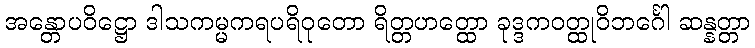
အန္တောပဝိဋ္ဌော ဒါသကမ္မကရပရိဝုတော ရိတ္တဟတ္ထော ခုဒ္ဒကဝတ္ထုဝိဘင်္ဂေါ ဆန္နတ္တာ